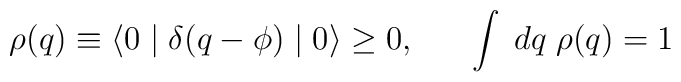
\rho(q) \equiv \langle 0 \mid \delta(q-\phi)\mid 0 \rangle \geq  0 , \; \; \; \; \; \; \int \; dq \; \rho(q) = 1